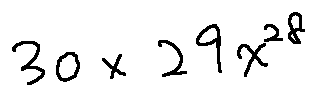
3 0 \times 2 9 x ^ { 2 8 }